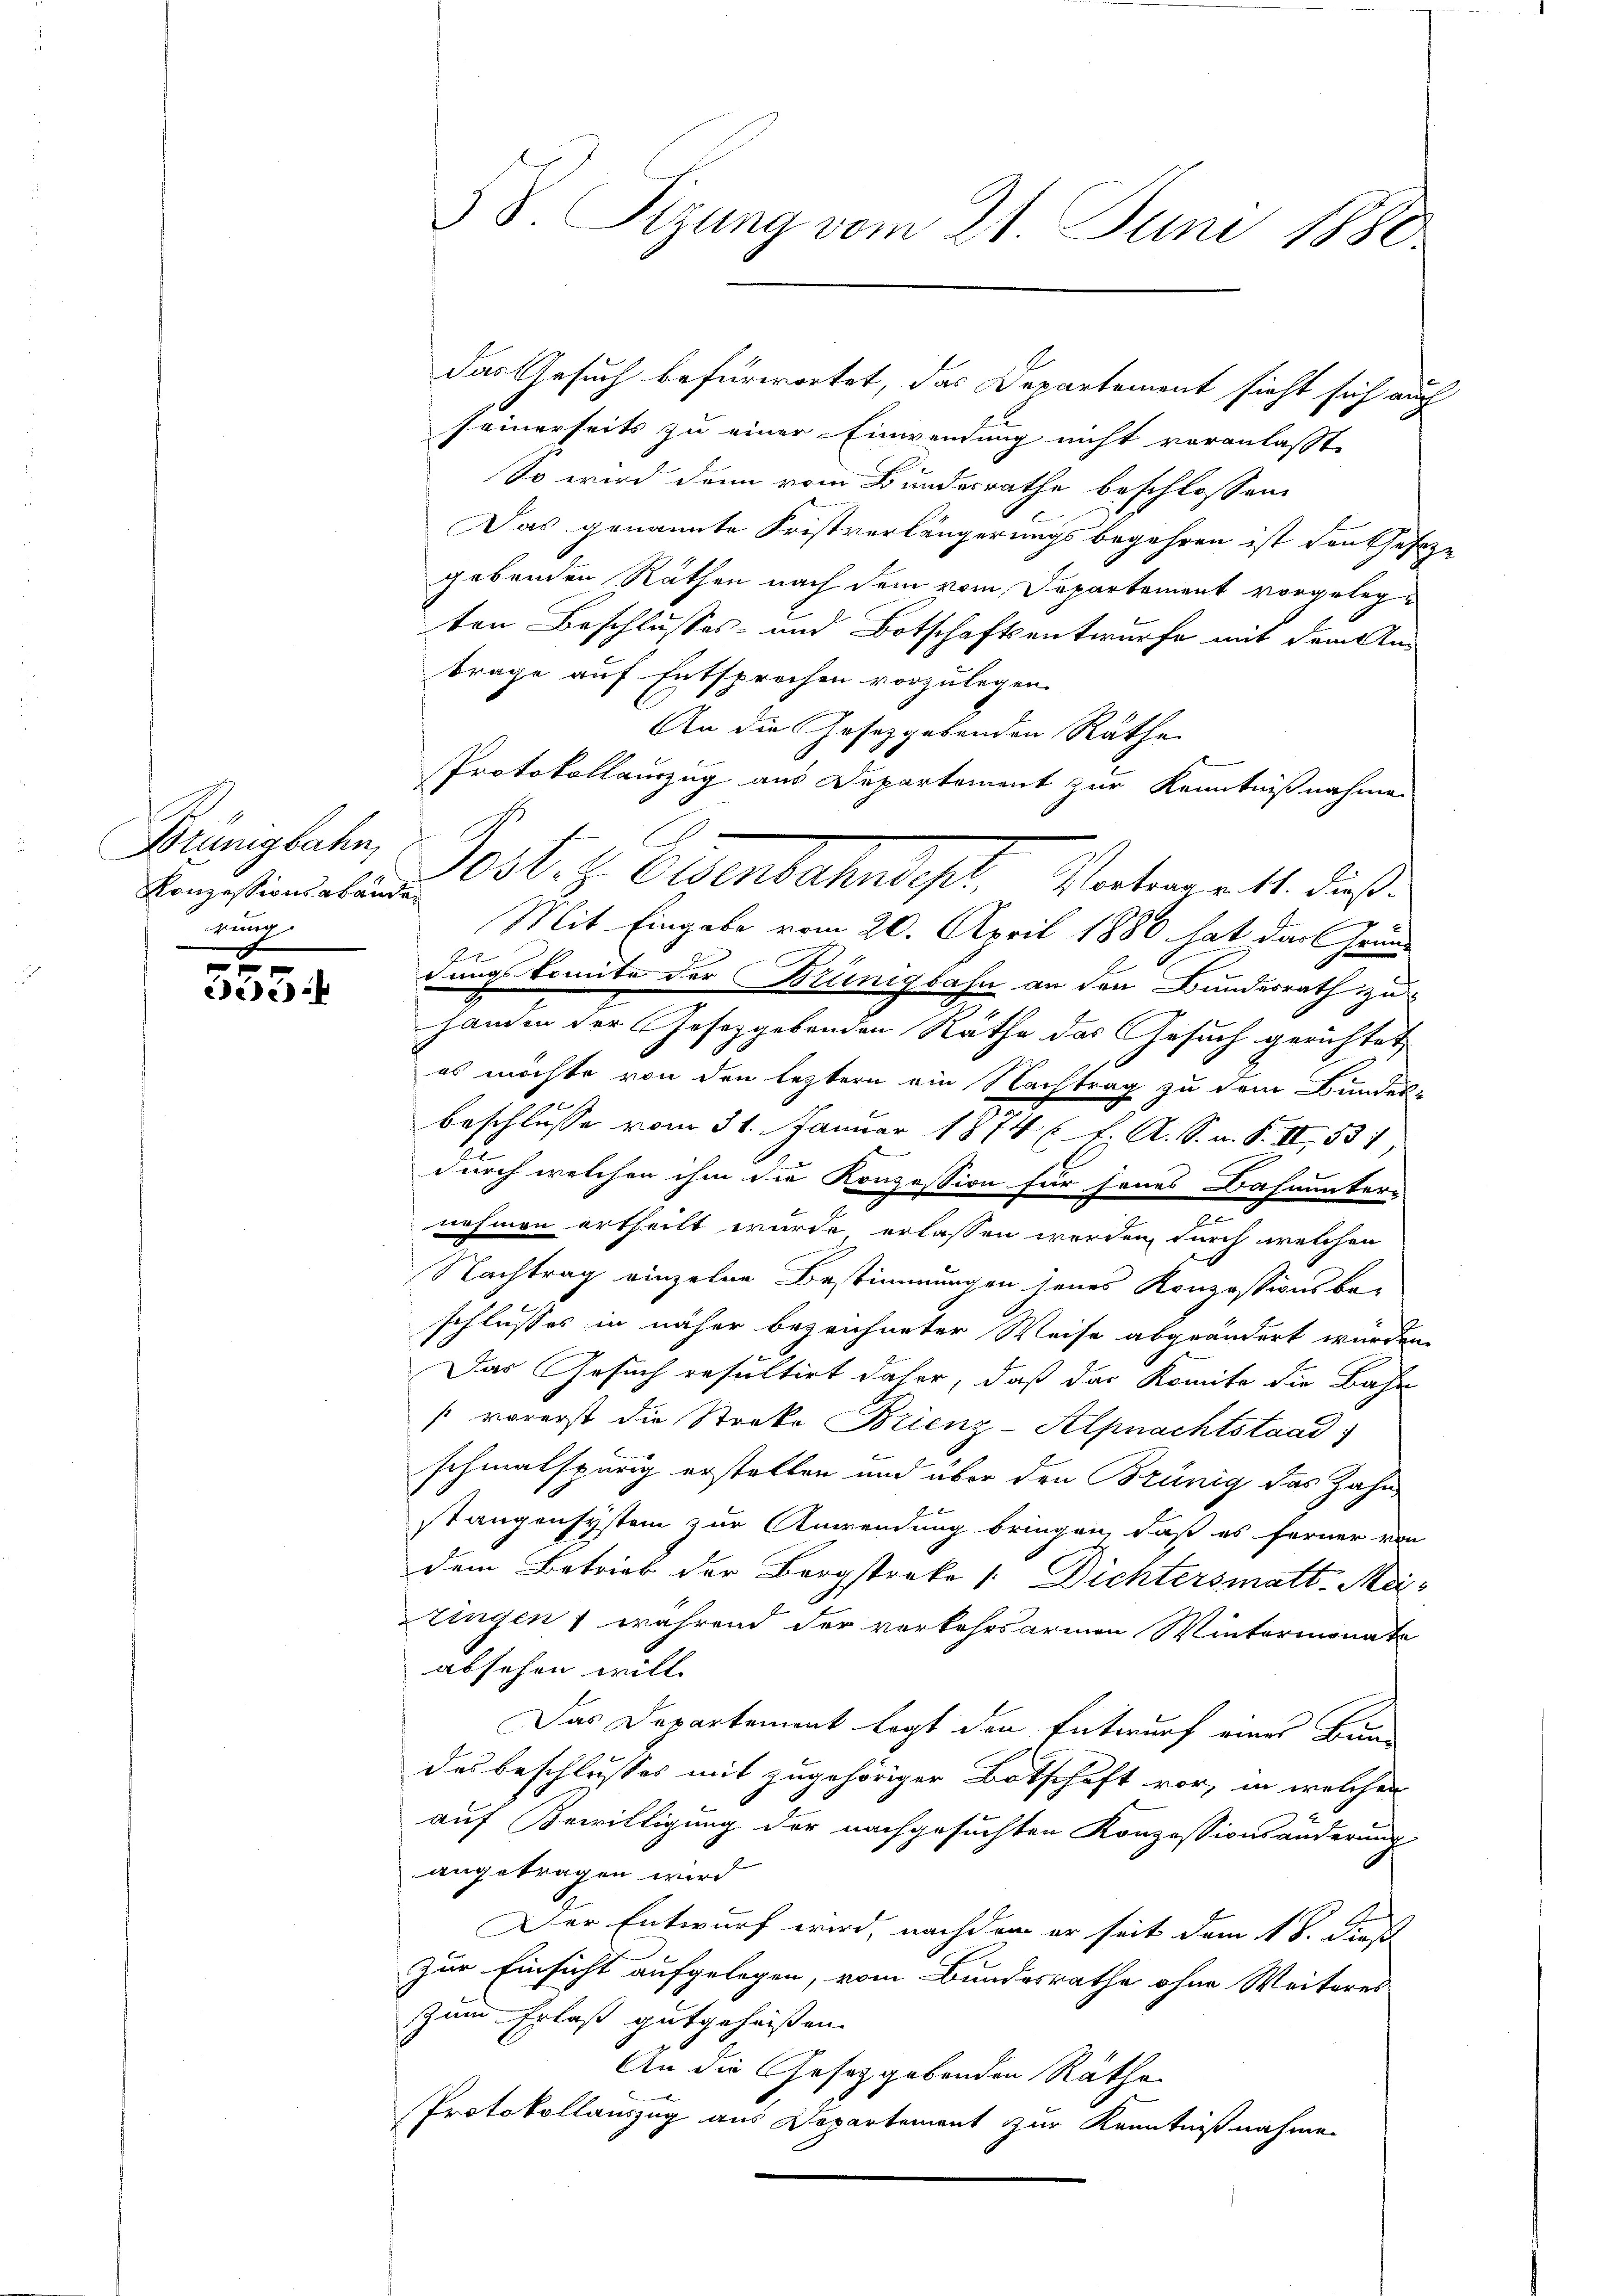
Brünigbahn,
Konzessionsabände
rung

x
ede) ei

seinerseits zu einer Einwendung nicht veranlasst
So wird dann vom Bundesrathe beschlossen:
Das genannte Fristverlängerungsbegehren ist denkserze
gebenden Räthen nach dem vom Departement vorgelegten Beschlusses- und Botschaftsentwurfe mit dem Am
trage auf Entsprochen vorzulegen.
An die Gesetzgebenden Räthe
Protokollauszug aus Departement zur Kenntnißnahme
s
Mit Eingabe vom 20. April 1880 hat das Grund
dungskomite der Brünigbahn an den Bundesrath zu
handen der Gesetzgebenden Räthe das Gesuch gerichtet
es möchte von den leztern ein Nachtrag zu dem Bunders
Beschlusse vom 31. Januar 1874 ( f. A. S. n. F. II, 537,
d
durch welchen ihm die Konzession für jenes Bahnunter-
nehmen ertheilt wurde erlassen werden, durch welchen
Nachtrag einzelne Bestimmungen seines Konzessionsbe-
schlusses in näher bezeichneter Weise abgeändert wurden.
Das Gesuch resultirt daher, daß das Komite die Bahn
vorerst die Streke Brienz-Alpnachtstaad)
schmalspurig erstellen und über den Brünig das Zahn,
stangensystem zur Anwendung bringen, daß es ferner von
dem Betrieb der Bergstreke /: Dichters matt. Matingen, während der verkehrsarmen Wintermonate
absehen will
Das Departement legt den Entwurf eines Bun-
des beschlusses mit zugehöriger Botschaft vor, in welchen
auf Bewilligung der nachgesuchten Konzessionsänderung
angetragen wird
Der Entwurf wird, nachdem er seit dem 18. Stoff
zur Einsicht aufgelegen, vom Bundesrathe ohne Weiteres
Zum Erlaß gutgehassen.
An die Gesetzgebenden Räthe
Protokollauszug aus Departement zur Kenntnißnahme

3 S. Tizung vom 21. Juni 1880

das Gesuch befürwortet, das Departement sieht sich auch

est. H. Beventatentest. Wartement, daß